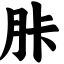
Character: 胩